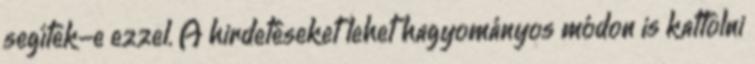
segítek-e ezzel. A hirdetéseket lehet hagyományos módon is kattolni